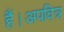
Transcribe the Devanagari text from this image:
हैं।अपवित्र